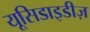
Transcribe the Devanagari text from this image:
यूसिडाइडीज़